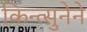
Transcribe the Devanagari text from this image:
किन्त्सुनेने